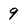
Character: 9